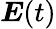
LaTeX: \boldsymbol E(t)